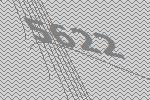
5622